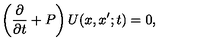
\left( { \frac { \partial } { \partial t } } + P \right) U ( x , x ^ { \prime } ; t ) = 0 ,